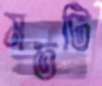
মতটি